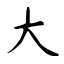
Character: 大